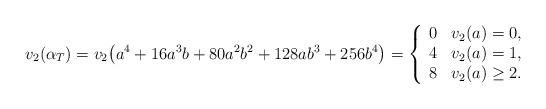
LaTeX: \begin{align*}v_{2}\!\left( \alpha_{T}\right) =v_{2}\!\left( a^{4}+16a^{3}b+80a^{2}b^{2}+128ab^{3}+256b^{4}\right) =\left\{\begin{array}[c]{ll}0 & v_{2}\!\left( a\right) =0,\\4 & v_{2}\!\left( a\right) =1,\\8 & v_{2}\!\left( a\right) \geq2.\end{array}\right. \end{align*}